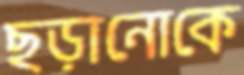
ছড়ানোকে